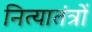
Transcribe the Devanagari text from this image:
नित्यातंत्रों